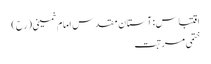
اقتباس: آستان مقدس امام خمینی(رح)
ختمی مرتبت